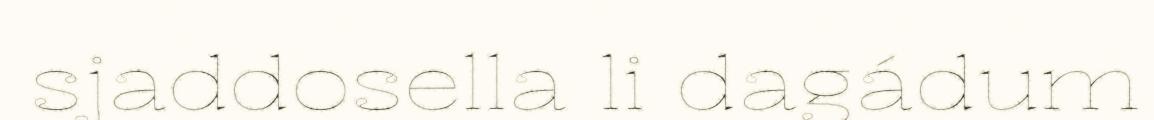
sjaddosella li dagádum